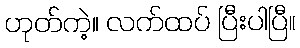
ဟုတ်ကဲ့။ လက်ထပ် ပြီးပါပြီ။